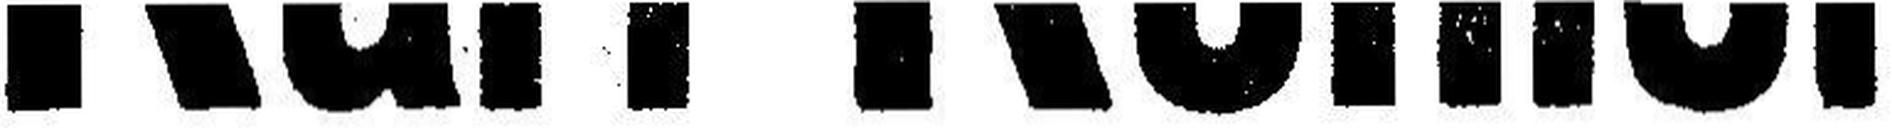
Karl Köhler